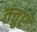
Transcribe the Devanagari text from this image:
तंतुएं